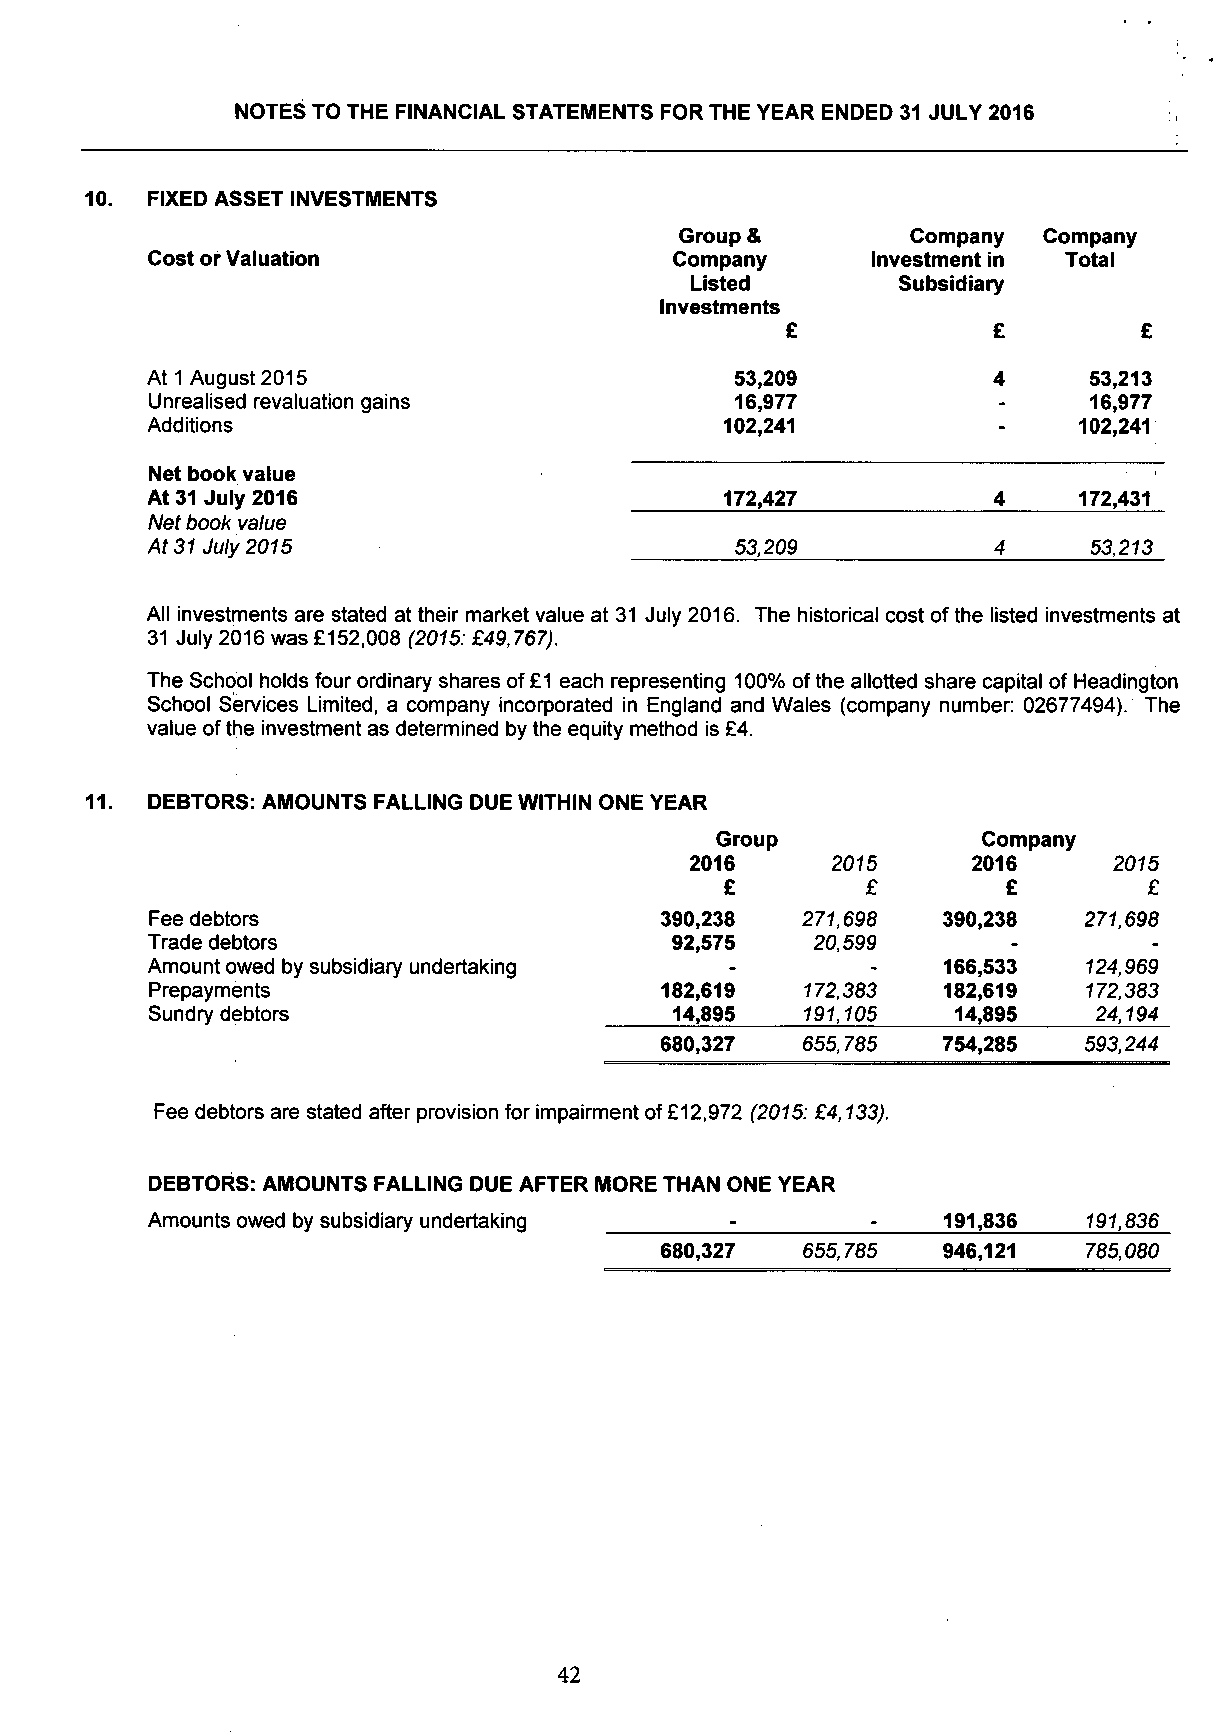
NOTES TO THE FINANCIAL STATEMENTS FOR THE YEAR ENDED 31 JULY 2016
 10. FIXED ASSET INVESTMENTS
 Group &        Company  Company
 Cost or Valuation                  Company      Investment in Total
 Listed       Subsidiary
 Investments
 £             £         £
 At 1 August 2015                       53,209           4     53,213
 Unrealised revaluation gains           16,977           -     16,977
 Additions                             102,241           -    102,241
 Net book value
 At 31 July 2016                       172,427           4    172,431
 •
 Net book value
 At 31 July 2015                        53,209           4     53,213
 All investments are stated at their market value at 31 July 2016. The historical cost of the listed investments at
 31 July 2016 was £152,008 (2015: £49,767).
 The School holds four ordinary shares of £1 each representing 100% of the allotted share capital of Headington
 School Services Limited, a company incorporated in England and Wales (company number: 02677494). The
 value of the investment as determined by the equity method is £4.
 DEBTORS: AMOUNTS FALLING DUE WITHIN ONE YEAR
 Group             Company
 2016     2015     2016      2015
 £        £         £        £
 Fee debtors                       390,238  271,698  390,238   271,698
 Trade debtors                     92,575    20,599
 Amount owed by subsidiary undertaking               166,533   124,969
 Prepayments                       182,619  172,383  182,619   172,383
 Sundry debtors                    14,895   191,105   14,895   24,194
 680,327  655,785  754,285   593,244
 Fee debtors are stated after provision for impairment of £12,972 (2015: £4,133).
 DEBTORS: AMOUNTS FALLING DUE AFTER MORE THAN ONE YEAR
 Amounts owed by subsidiary undertaking              191,836   191,836
 680,327  655,785  946,121   785,080
 42